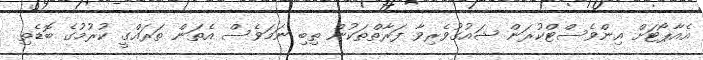
އެއާޕޯޓަށް އިންވެސްޓްކުރަން ޝައުގުވެރިވާ ފަރާތްތަކުން ތިބި ނަމަވެސް އެތަން ތަރައްގީ ކުރުމުގެ ބޮޑެތި